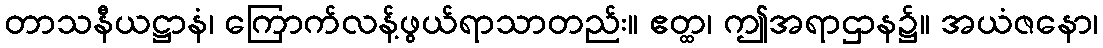
တာသနီယဋ္ဌာနံ၊ ကြောက်လန့်ဖွယ်ရာသာတည်း။ ဧတ္ထ၊ ဤအရာဌာန၌။ အယံဇနော၊